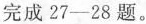
完成27-28题。